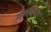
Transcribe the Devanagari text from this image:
बंगविन्ध्य